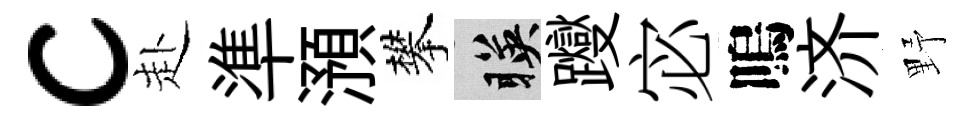
c赴準澦攀暎躞宓嗚济野